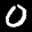
Label: 0